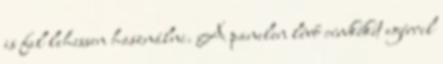
is fel lehessen használni. A panelen lévő címkéket egérrel